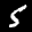
Label: 5